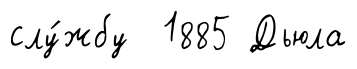
слу́жбу 1885 Дьюла